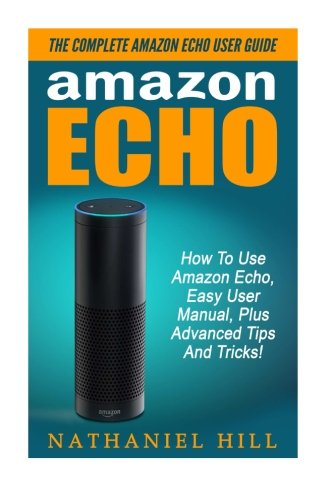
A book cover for Amazon Echo: The Complete Amazon Echo User Guide - How To Use Amazon Echo, Easy User Manual, Plus Advanced Tips And Tricks! (How To Use Amazon Echo, Amazon Echo Manual, Echo User Guide); Nathaniel Hill; Reference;